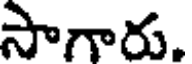
సాగారు.